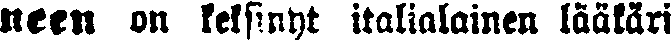
neen on keksinyt italialainen lääkäri